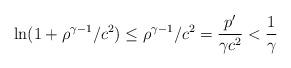
LaTeX: \begin{align*}\ln(1+\rho^{\gamma-1}/c^{2})\leq\rho^{\gamma-1}/c^{2}=\frac{{p}^{\prime}}{\gamma c^{2}}<\frac{1}{\gamma}\end{align*}